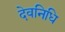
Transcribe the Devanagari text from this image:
देवनिधि